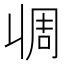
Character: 𰀧